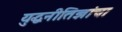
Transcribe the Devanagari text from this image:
युद्धनीतिज्ञांचा